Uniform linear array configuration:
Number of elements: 24
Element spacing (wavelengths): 0.75
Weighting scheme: exponential
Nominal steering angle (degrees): -60
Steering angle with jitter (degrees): -58.021
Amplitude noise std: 0.05
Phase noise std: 0.05

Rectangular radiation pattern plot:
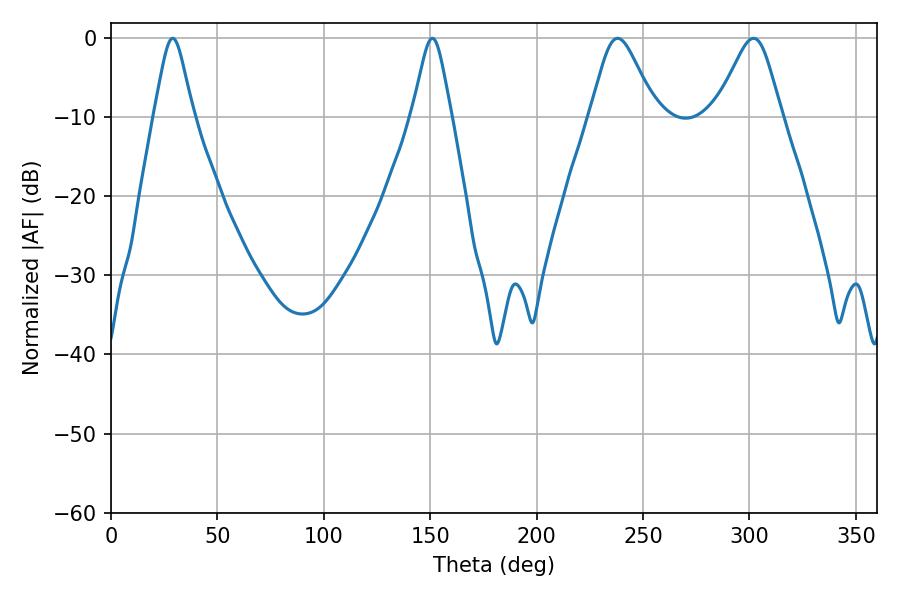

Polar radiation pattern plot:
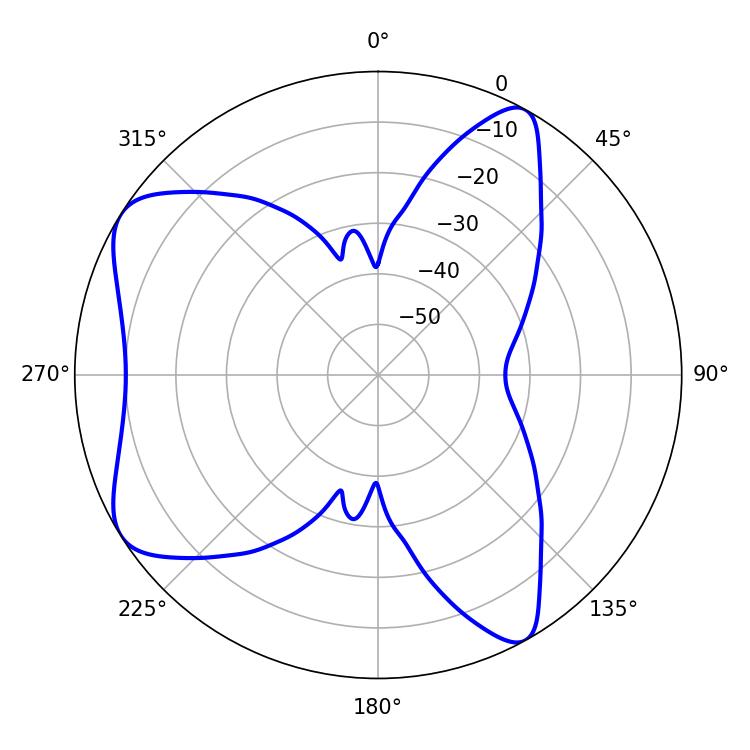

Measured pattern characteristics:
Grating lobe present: TRUE
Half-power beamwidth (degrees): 8.82
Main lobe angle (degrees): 28.98